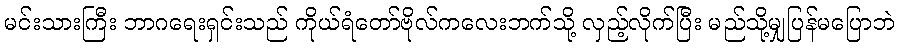
မင်းသားကြီး ဘာဂရေးရှင်းသည် ကိုယ်ရံတော်ဗိုလ်ကလေးဘက်သို့ လှည့်လိုက်ပြီး မည်သို့မျှပြန်မပြောဘဲ